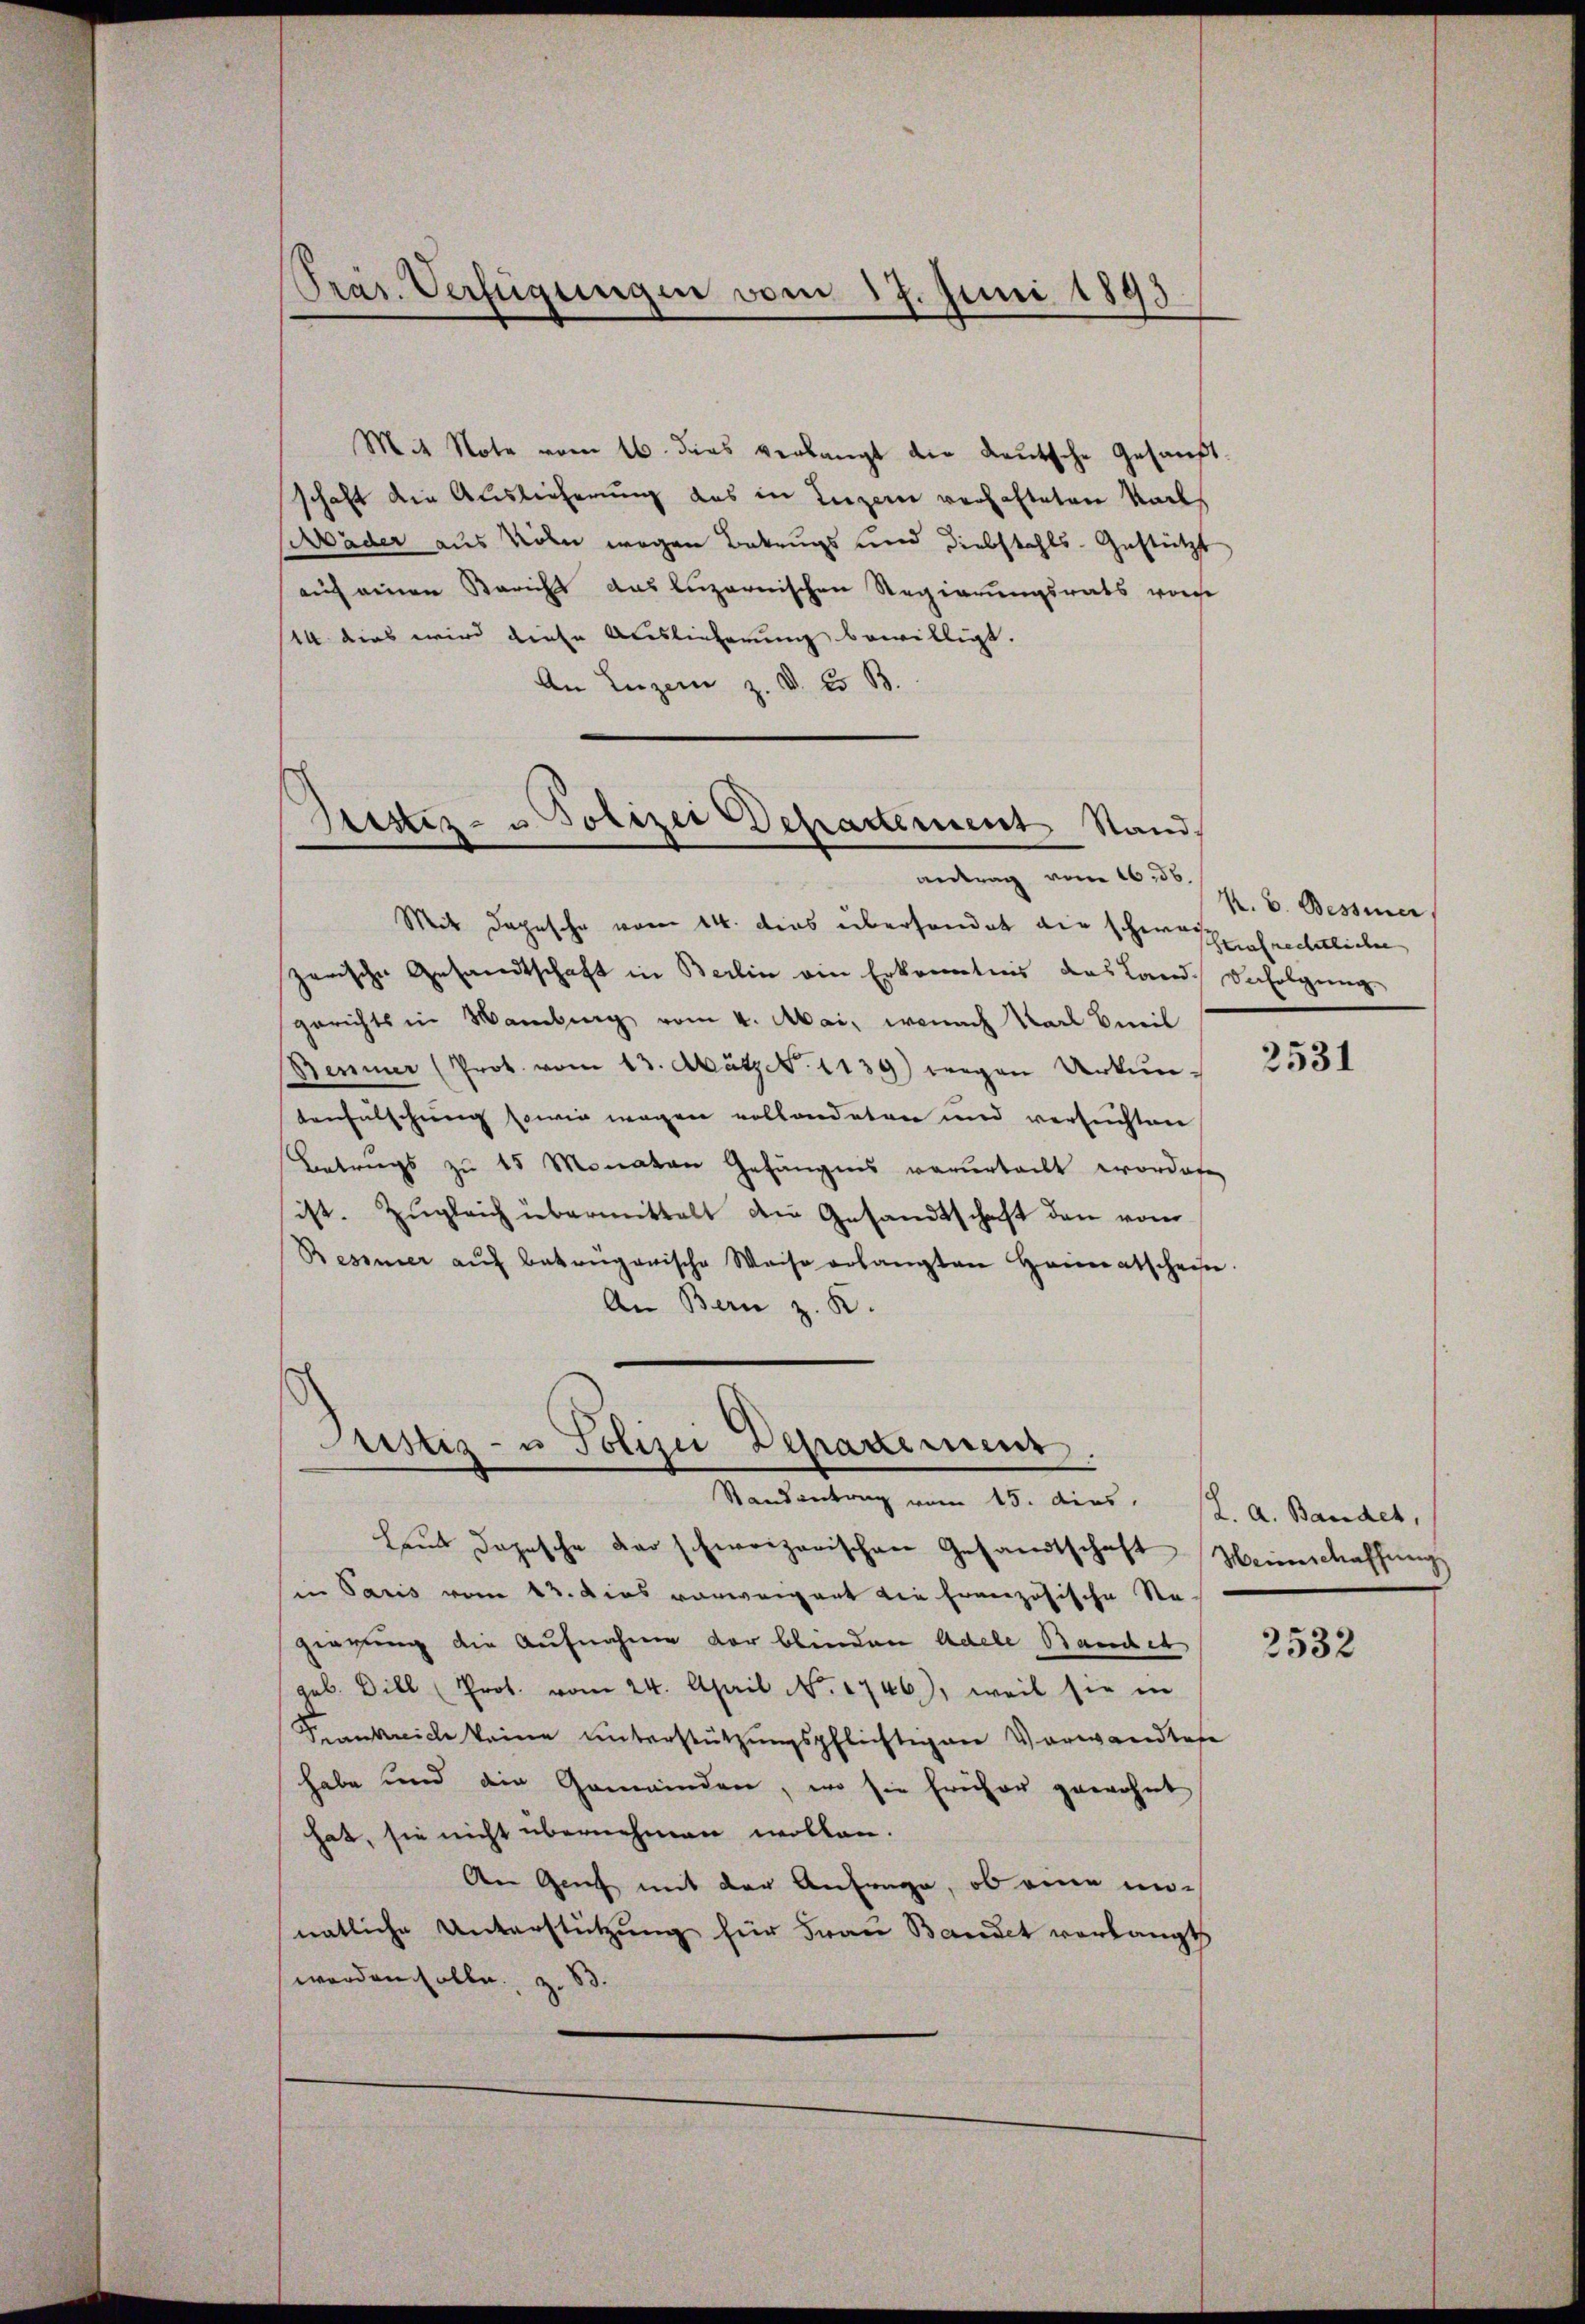
Prar. Verfügungen vom 17. Juni 1893

M.t Note vom 16. dies verlangt die deutsche Gesandt-
schaft die Auslieferung des in Luzern verhalteten Nach
Mäder aus Voln wegen Betrugs und Diebstahls-Gestützt
auf einen Bericht das luzernischen Regierungsrats worde
14. dies wird diese Auslieferung bewilligt.
An Luzern z. B. Es B.

Sistiz- u. Polizei Departement Stand
antrag vom 16. 36.

Mit Depesche vom 14. dies überhandet die schweis
zerische Gesandtschaft in Berlin ein Erkenntnis das Land. Befolgung
gerichts in Mamburg vom 4. Mai, wonach Karl Emil
Benner (Prot. vom 13. Mätz N. 1139) wegen Urkun- 2531
tenfälschung sowie wegen vollandeten und versuchten
Betrugs zu 15 Monaten Gefängnis verurteilt worden
sist. Zŭgleich übermittelt die Gesandtschaft den vom
Bessner aŭf betrügerische Weise erlangten Heimatschein.
An Bern z. K.

Justiz- u Polizei Departement.
Randantrag vom 15. das K. A. Bandet,

Laŭt dopesche der schweizerischen Gesandtschaft Weinschaffung
in Paris vom 13. Dies vorweigent die französische Ste-
ziegung die Aufnahme der blinden Adele Bandes
geb. Dill (Prot. vom 24. April N. 1746), weil sie in
Sienkreich keine unterstützungspflichtigen Vorwandtese
habe und die Gemeinden, wo sie früher gewohnt
hat, sie nicht übernehmen wollen.
An Genf mit der Anfrage, ob eine un-
natliche Unterstützung für Frau Bandet verlangt
werden solle. z. B.

K. B. Bessener
Strafrechtlicher

2532